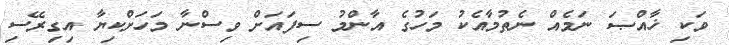
ވަކި ޚާއްޞަ ނަމެއް ނެތުމާއެކު މަހުގެ އާންމު ސިފައަށް ވިސްނާ މަހަށްކިޔާ އިގިރޭސި